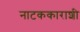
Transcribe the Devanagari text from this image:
नाटककाराशी